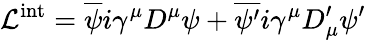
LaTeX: {\cal L}^{\mathrm{int}}=\overline{{{\psi}}}i\gamma^{\mu}D^{\mu}\psi+\overline{{{\psi^{\prime}}}}i\gamma^{\mu}D_{\mu}^{\prime}\psi^{\prime}